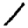
Digit: 1